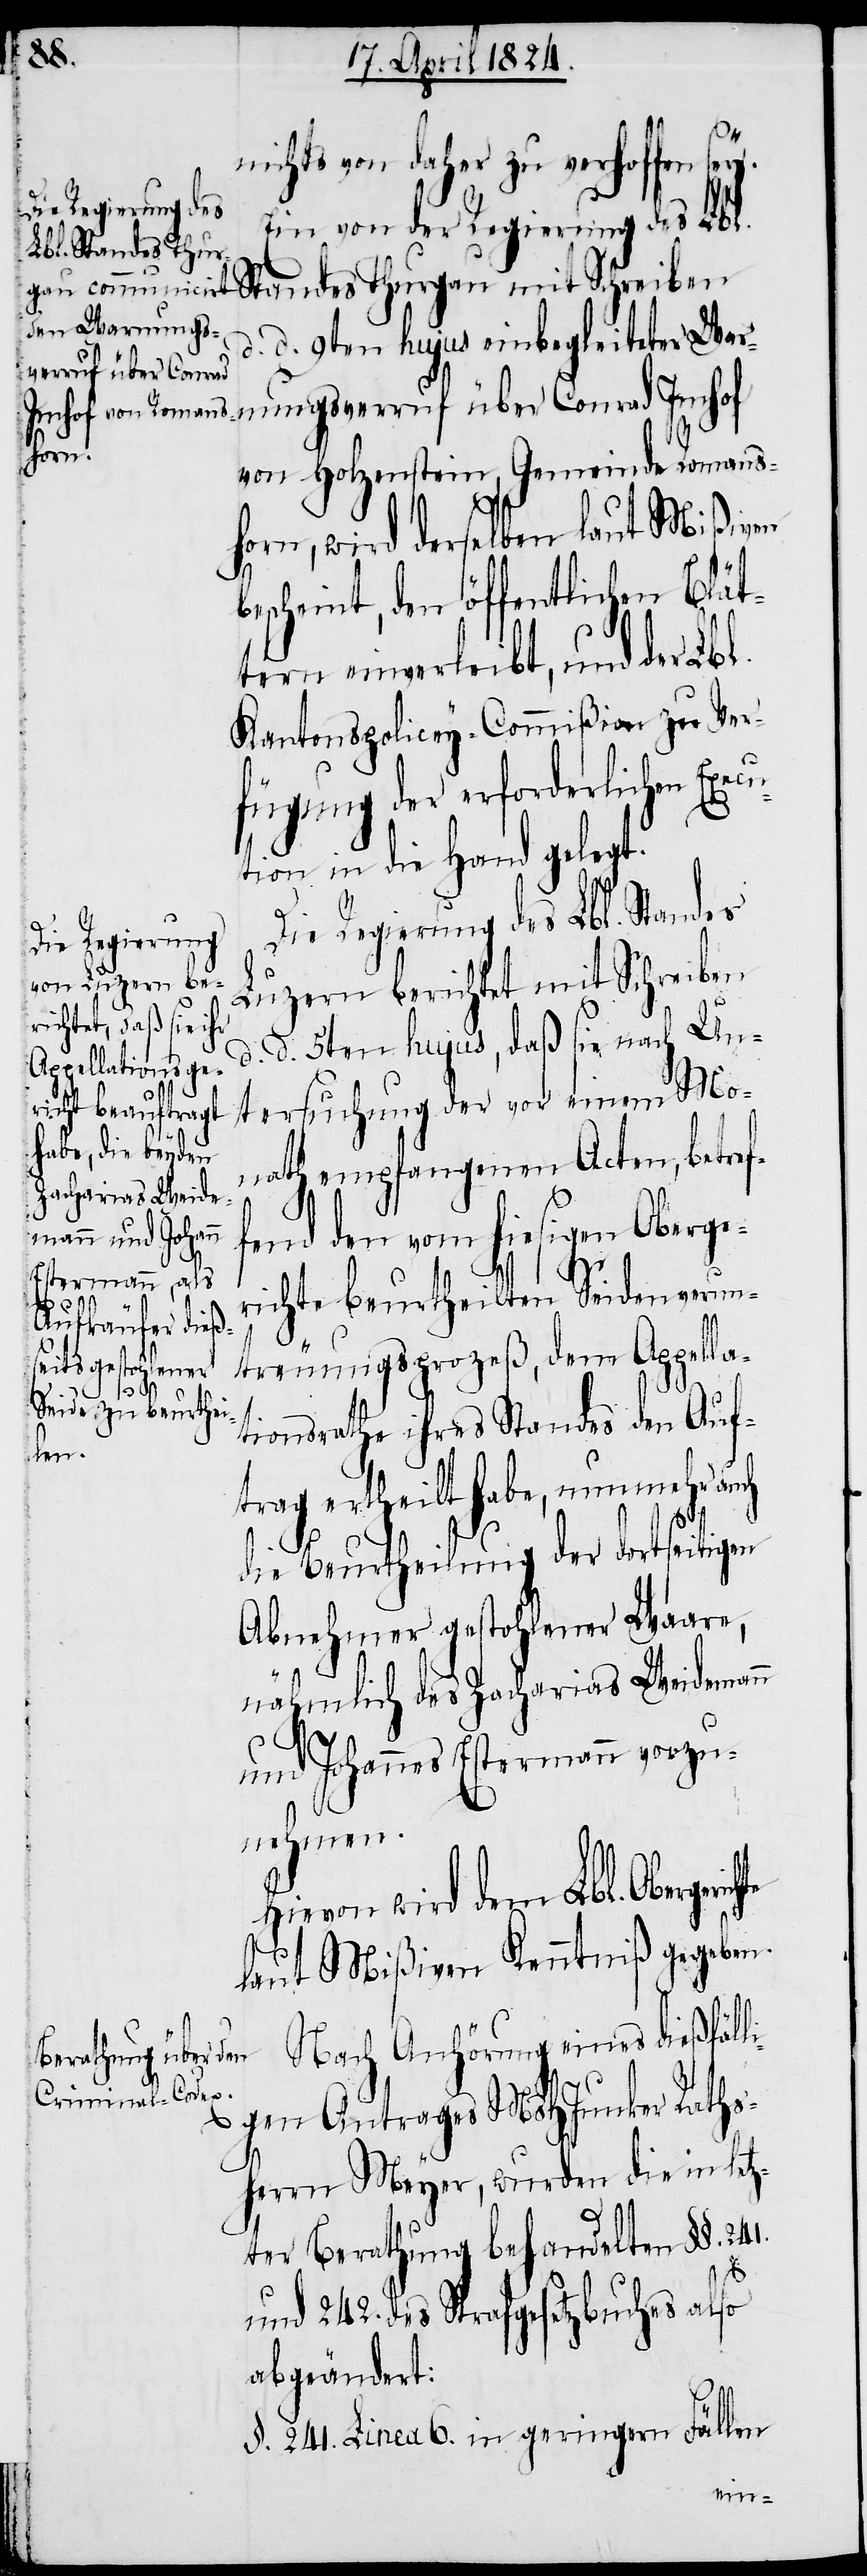
nichts von daher zu verhoffen
sey.
Ein von der Regierung des Lbl.
Standes Thurgau mit Schreiben
d. d. 9ten hujus einbegleiteter War¬
nungsverruf über Conrad Imhof
von Holzenstein, Gemeinde Romans¬
horn, wird derselben laut Mißiven
bescheint, den öffentlichen Blät¬
tern einverleibt, und der Lbl.
Kantonspolicey-Commißion zu Ver¬
fügung der erforderlichen Exe¬
tion in die Hand gelegt.
Die Regierung des Lbl. Standes
Luzern berichtet mit Schreiben
d. d. 5ten hujus, daß sie nach Un¬
tersuchung der vor einem Mo¬
nath empfangenen Acten, betref¬
fend den vom hiesigen Oberge¬
richte beurtheilten Seidenverun¬
treuungsprozeß, dem Appella¬
tionsrathe ihres Standes den Auf¬
trag ertheilt habe, nunmehr auch
die Beurtheilung der dortseitigen
Abnehmer gestohlener Waare,
nähmlich des Zacharias Weidemann
chte
und Johannes Estermann vorzu¬
nehmen.
Hievon wird dem Lbl. Obergeri¬
laut Mißiven Kenntniß gegeben.
Nach Anhörung eines dießfäll¬
igen Antrages MsHJunker Raths¬
herrn Meyer, wurden die in letz¬
ter Berathung behandelten §§.
241.
und 242. des Strafgesetzbuches also
abgeändert:
§. 241. Linea 6. in geringern Fällen